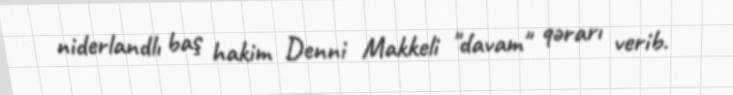
niderlandlı baş hakim Denni Makkeli "davam" qərarı verib.